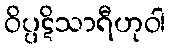
ဝိပ္ပဋိသာရီဟုဝါ